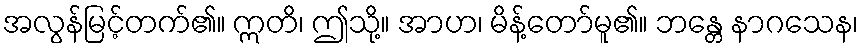
အလွန်မြင့်တက်၏။ ဣတိ၊ ဤသို့။ အာဟ၊ မိန့်တော်မူ၏။ ဘန္တေ နာဂသေန၊